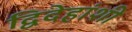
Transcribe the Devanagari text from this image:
द्विदेहांशी